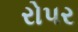
રોપર